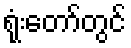
ရုံးတော်တွင်